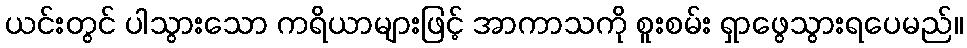
ယင်းတွင် ပါသွားသော ကရိယာများဖြင့် အာကာသကို စူးစမ်း ရှာဖွေသွားရပေမည်။